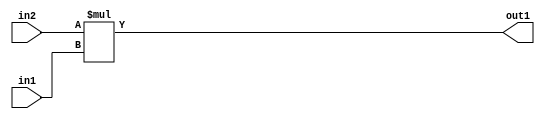
`timescale 1ps / 1ps
/*****************************************************************************
    Verilog RTL Description
    
    Generated at: 23:44:44 EST (-0500), Monday 16 November 2020
    Generated on: zhang-x1.ece.cornell.edu
    Generated by: jl3952 (Jie Liu)
    
    Created by: Stratus DpOpt 2017.1.02 
    Copyright (c) 2014-2015 Cadence Design Systems. All rights reserved worldwide.
    
    Cadence Design Systems proprietary and confidential
    ===================================================
    
    May contain information that incorporates Cadence Design Systems CellMath
    and other inventions claimed in Pending U.S. Patents.
    
    May contain Cadence Design Systems Trade Secrets of which use, disclosure or
    reproduction is contractually restricted or prohibited.  For more
    information, contact your legal department before any use, disclosure or
    reproduction.
*******************************************************************************/

module dut_Mul_8Ux3U_11U_1 (
	in2,
	in1,
	out1
	); /* architecture "behavioural" */ 
input [7:0] in2;
input [2:0] in1;
output [10:0] out1;
wire [10:0] asc001;

assign asc001 = 
	+(in2 * in1);

assign out1 = asc001;
endmodule

/* CADENCE  urf1Sgo= : u9/ySgnYtBlWxVDRUQkU4ug= ** DO NOT EDIT THIS LINE ******/